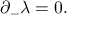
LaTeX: { \partial } _ { - } { \lambda } = 0 .